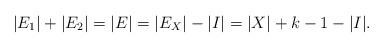
LaTeX: \begin{align*} |E_1| + |E_2| = |E| = |E_X| - |I| = |X| + k - 1 - |I|.\end{align*}